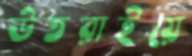
উতরাইয়ে